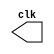
// -------------------------
// Exemplo0042 - clock 2
// Nome: Daniel Telles McGinnis
// -------------------------
// Observaes:
// A cada ciclo do clock, v-se
// quatro ciclos de pulso. Um trigger
// alterna entre ligado e desligado,
// e se ele estiver ligado at a prxima
// subida do clock, v-se um ciclo de
// trigger, que leva 60 unidades de tempo
// para comear.
// -------------------------
// clock 2
// -------------------------
module clock (clk);
	output clk;
	reg clk;

	initial begin
		clk = 1'b0;
	end

	always begin
		#12 clk = ~clk;
	end
endmodule // clock

module pulse (signal, clock);
	input clock;
	output signal;
	reg signal;

	always @(clock)
	begin
		signal = 1'b1;
		#3 signal = 1'b0;
		#3 signal = 1'b1;
		#3 signal = 1'b0;
	end
endmodule // pulse

module trigger (signal, on, clock);
	input on, clock;
	output signal;
	reg signal;

	always @(posedge clock & on)
	begin
		#60 signal = 1'b1;
		#60 signal = 1'b0;
	end
endmodule // trigger

module Exemplo0042;
	wire clock;
	clock CLK1 (clock);

	reg p;

	wire p1, t1;

	pulse pulse1 (p1, clock);
	trigger trigger1 (t1, p, clock);

	initial begin
		p = 1'b0;
	end

	initial begin
		$display("Exemplo0042 - Daniel Telles McGinnis - 435042");

		$dumpfile ("Exemplo0042.vcd");
		$dumpvars (1, clock, p1, p, t1);

		#060 p = 1'b1;
		#120 p = 1'b0;
		#180 p = 1'b1;
		#240 p = 1'b0;
		#300 p = 1'b1;
		#360 p = 1'b0;
		#376 $finish;
	end
endmodule // Exemplo0042